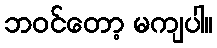
ဘဝင်တော့ မကျပါ။